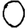
Digit: 0